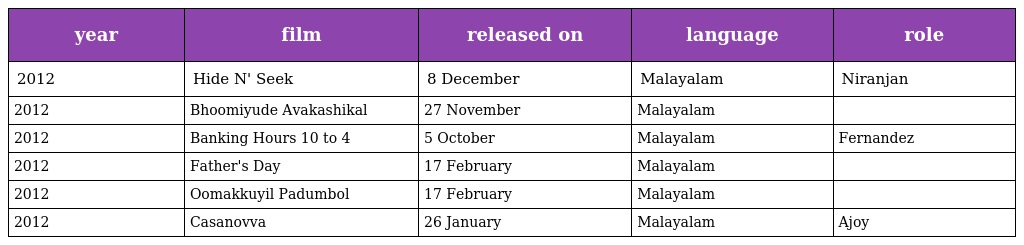
| year | film | released on | language | role |
 | --- | --- | --- | --- | --- |
 | 2012 | Hide N' Seek | 8 December | Malayalam | Niranjan |
 | 2012 | Bhoomiyude Avakashikal | 27 November | Malayalam |  |
 | 2012 | Banking Hours 10 to 4 | 5 October | Malayalam | Fernandez |
 | 2012 | Father's Day | 17 February | Malayalam |  |
 | 2012 | Oomakkuyil Padumbol | 17 February | Malayalam |  |
 | 2012 | Casanovva | 26 January | Malayalam | Ajoy |